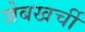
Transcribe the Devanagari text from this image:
जेबखर्ची